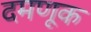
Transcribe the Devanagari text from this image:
दमणूक